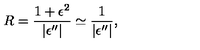
R = \frac { 1 + \epsilon ^ { 2 } } { | \epsilon ^ { \prime \prime } | } \simeq \frac { 1 } { | \epsilon ^ { \prime \prime } | } ,